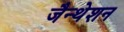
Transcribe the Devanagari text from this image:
जैन्थेशन